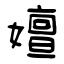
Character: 嬗